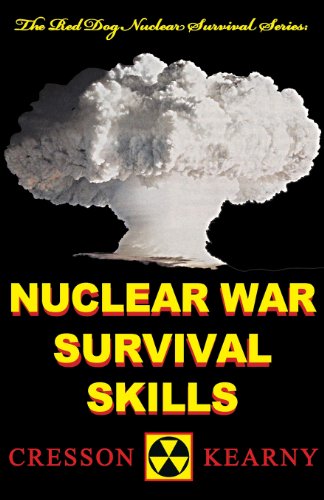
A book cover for Nuclear War Survival Skills (Upgraded 2012 Edition) (Red Dog Nuclear Survival); Cresson H. Kearny; Reference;